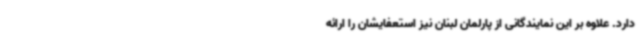
دارد. علاوه بر این نمایندگانی از پارلمان لبنان نیز استعفایشان را ارائه